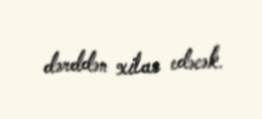
dərddən xilas edəcək.